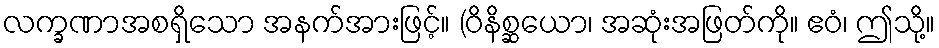
လက္ခဏာအစရှိသော အနက်အားဖြင့်။ (ဝိနိစ္ဆယော၊ အဆုံးအဖြတ်ကို။ ဧဝံ၊ ဤသို့။